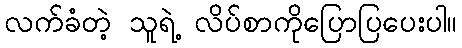
လက်ခံတဲ့ သူရဲ့ လိပ်စာကိုပြောပြပေးပါ။